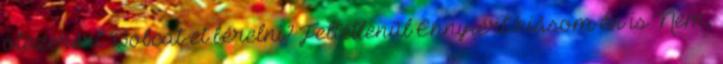
ötezerért Bobcat-et bérelni? Feltétlenül Ennyiért kiásom én is Nem,